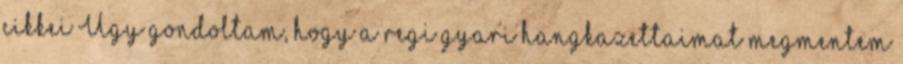
cikkei Ugy gondoltam, hogy a regi gyari hangkazettaimat megmentem